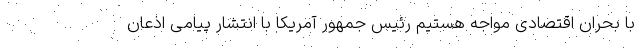
با بحران اقتصادی مواجه هستیم رئیس جمهور آمریکا با انتشار پیامی اذعان